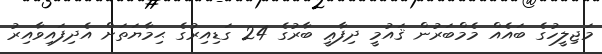
މަޖިލީހުގެ ބައެއް މެމްބަރުން ޤައުމީ ދިފާޢީ ބާރުގެ 24 ގަޑިއިރުގެ ޙިމާޔަތަށް އެދިފައިވާއިރު